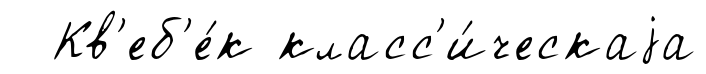
Кв'еб'е́к класс'и́ческаjа